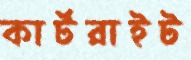
কার্টরাইট